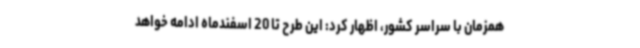
همزمان با سراسر کشور، اظهار کرد: این طرح تا 20 اسفندماه ادامه خواهد